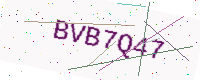
Text: BVB7Q47